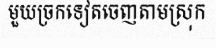
មួយច្រកទៀតចេញតាមស្រុក